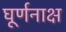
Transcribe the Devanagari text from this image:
घूर्णनाक्ष